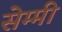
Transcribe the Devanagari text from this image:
सेम्मी